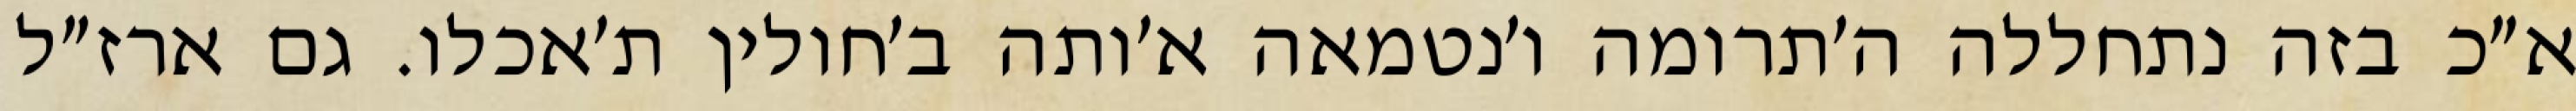
א״כ בזה נתחללה ה׳תרומה ו׳נטמאה א׳ותה ב׳חולין ת׳אכלו. גם ארז״ל